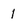
Character: 1